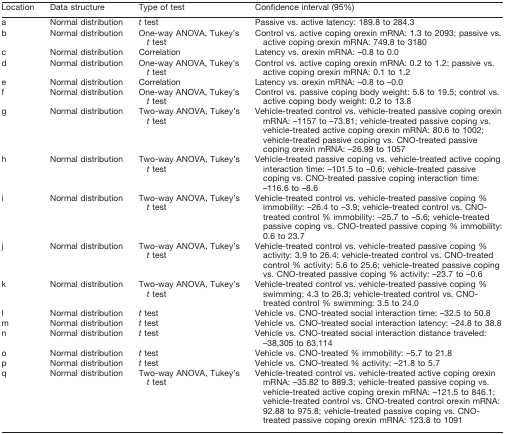
<table><thead><tr><td><b>Location</b></td><td><b>Data structure</b></td><td><b>Type of test</b></td><td><b>Confidence interval (95%)</b></td></tr></thead><tbody><tr><td>a</td><td>Normal distribution</td><td><i>t</i> test</td><td>Passive vs. active latency: 189.8 to 284.3</td></tr><tr><td>b</td><td>Normal distribution</td><td>One-way ANOVA, Tukey’s <i>t</i> test</td><td>Control vs. active coping orexin mRNA: 1.3 to 2093; passive vs. active coping orexin mRNA: 749.8 to 3180</td></tr><tr><td>c</td><td>Normal distribution</td><td>Correlation</td><td>Latency vs. orexin mRNA: –0.8 to 0.0</td></tr><tr><td>d</td><td>Normal distribution</td><td>One-way ANOVA, Tukey’s <i>t</i> test</td><td>Control vs. active coping orexin mRNA: 0.2 to 1.2; passive vs. active coping orexin mRNA: 0.1 to 1.2</td></tr><tr><td>e</td><td>Normal distribution</td><td>Correlation</td><td>Latency vs. orexin mRNA: –0.8 to –0.0</td></tr><tr><td>f</td><td>Normal distribution</td><td>One-way ANOVA, Tukey’s <i>t</i> test</td><td>Control vs. passive coping body weight: 5.6 to 19.5; control vs. active coping body weight: 0.2 to 13.8</td></tr><tr><td>g</td><td>Normal distribution</td><td>Two-way ANOVA, Tukey’s <i>t</i> test</td><td>Vehicle-treated control vs. vehicle-treated passive coping orexin mRNA: –1157 to –73.81; vehicle-treated passive coping vs. vehicle-treated active coping orexin mRNA: 80.6 to 1002; vehicle-treated passive coping vs. CNO-treated passive coping orexin mRNA: –26.99 to 1057</td></tr><tr><td>h</td><td>Normal distribution</td><td>Two-way ANOVA, Tukey’s <i>t</i> test</td><td>Vehicle-treated passive coping vs. vehicle-treated active coping interaction time: –101.5 to –0.6; vehicle-treated passive coping vs. CNO-treated passive coping interaction time: –116.6 to –8.6</td></tr><tr><td>i</td><td>Normal distribution</td><td>Two-way ANOVA, Tukey’s <i>t</i> test</td><td>Vehicle-treated control vs. vehicle-treated passive coping % immobility: –26.4 to –3.9; vehicle-treated control vs. CNO-treated control % immobility: –25.7 to –5.6; vehicle-treated passive coping vs. CNO-treated passive coping % immobility: 0.6 to 23.7</td></tr><tr><td>j</td><td>Normal distribution</td><td>Two-way ANOVA, Tukey’s <i>t</i> test</td><td>Vehicle-treated control vs. vehicle-treated passive coping % activity: 3.9 to 26.4; vehicle-treated control vs. CNO-treated control % activity: 5.6 to 25.6; vehicle-treated passive coping vs. CNO-treated passive coping % activity: –23.7 to –0.6</td></tr><tr><td>k</td><td>Normal distribution</td><td>Two-way ANOVA, Tukey’s <i>t</i> test</td><td>Vehicle-treated control vs. vehicle-treated passive coping % swimming: 4.3 to 26.3; vehicle-treated control vs. CNO-treated control % swimming: 3.5 to 24.0</td></tr><tr><td>l</td><td>Normal distribution</td><td><i>t</i> test</td><td>Vehicle vs. CNO-treated social interaction time: –32.5 to 50.8</td></tr><tr><td>m</td><td>Normal distribution</td><td><i>t</i> test</td><td>Vehicle vs. CNO-treated social interaction latency: –24.8 to 38.8</td></tr><tr><td>n</td><td>Normal distribution</td><td><i>t</i> test</td><td>Vehicle vs. CNO-treated social interaction distance traveled: –38,305 to 63,114</td></tr><tr><td>o</td><td>Normal distribution</td><td><i>t</i> test</td><td>Vehicle vs. CNO-treated % immobility: –5.7 to 21.8</td></tr><tr><td>p</td><td>Normal distribution</td><td><i>t</i> test</td><td>Vehicle vs. CNO-treated % activity: –21.8 to 5.7</td></tr><tr><td>q</td><td>Normal distribution</td><td>Two-way ANOVA, Tukey’s <i>t</i> test</td><td>Vehicle-treated control vs. vehicle-treated active coping orexin mRNA: –35.82 to 889.3; vehicle-treated passive coping vs. vehicle-treated active coping orexin mRNA: –121.5 to 846.1; vehicle-treated control vs. CNO-treated control orexin mRNA: 92.88 to 975.8; vehicle-treated passive coping vs. CNO-treated passive coping orexin mRNA: 123.8 to 1091</td></tr></tbody></table>